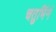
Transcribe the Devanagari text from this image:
चतुर्भिर्न